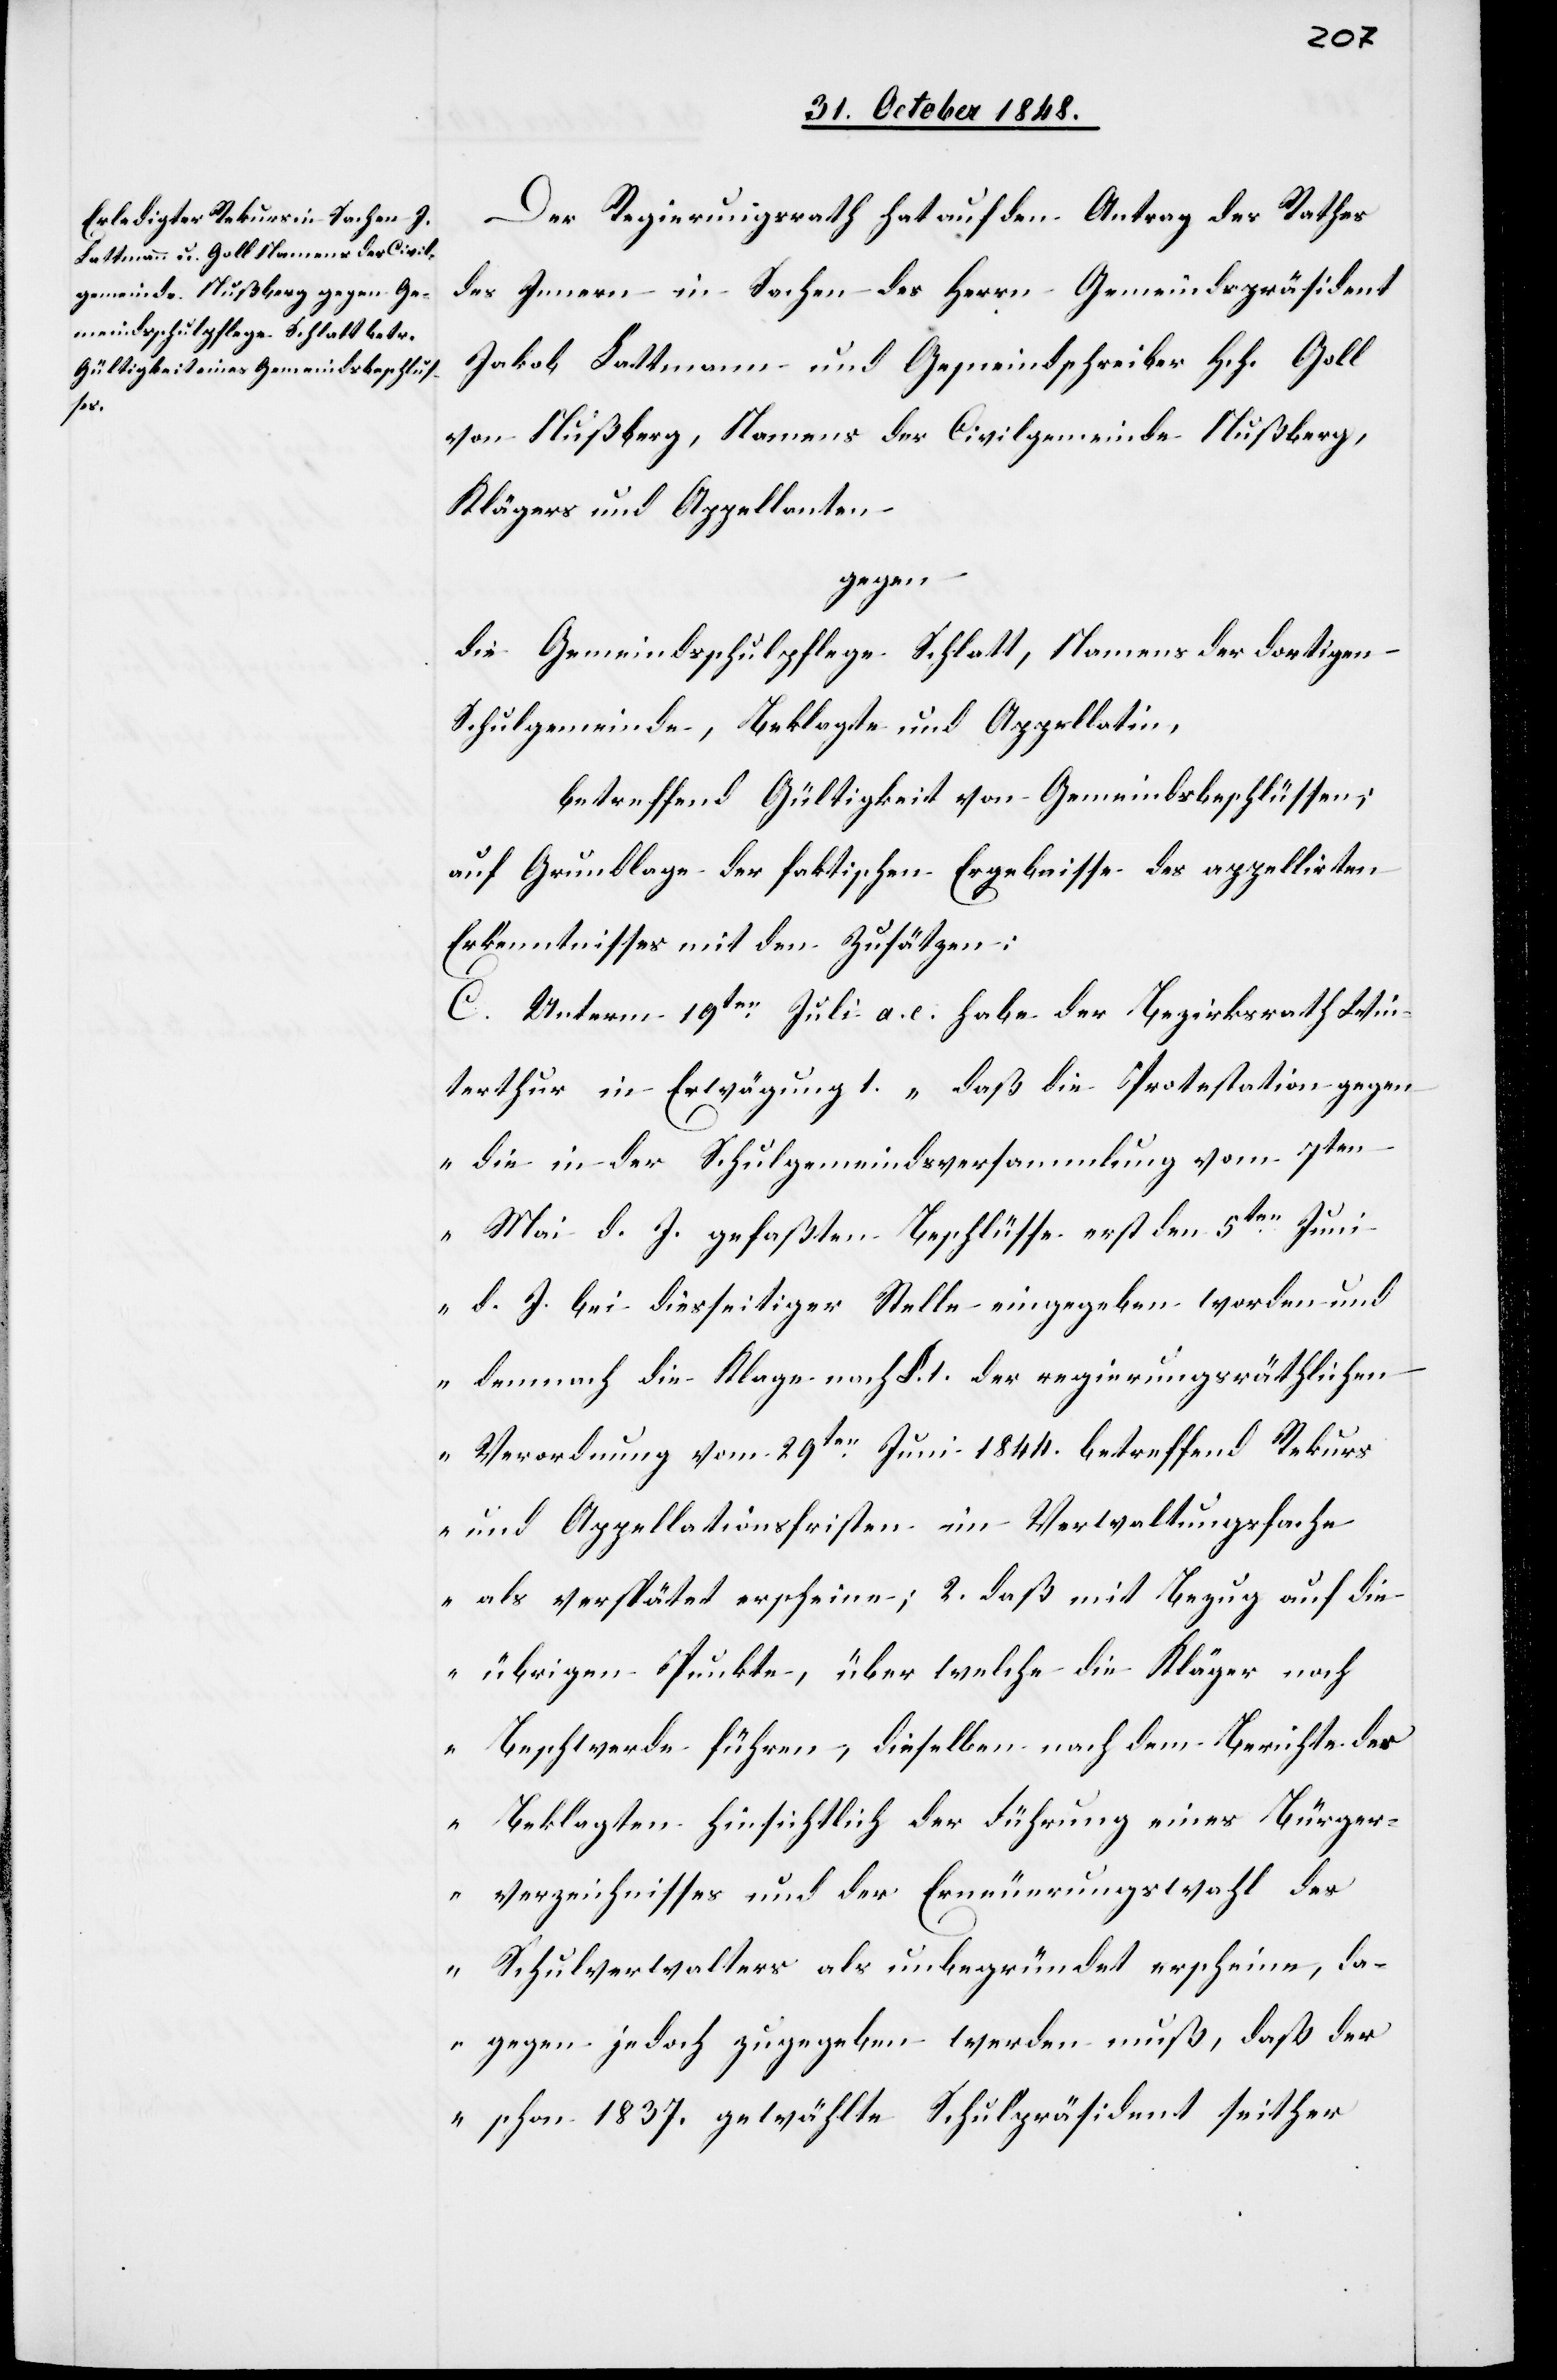
Der Regierungsrath hat auf den Antrag des Rathes
des Innern in Sachen des Herrn Gemeindspräsident
Jakob Lattmann und Gemeindschreiber Hch. Goll
von Nußberg, Namens der Civilgemeinde Nußberg,
Klägers und Appellanten
gegen
die Gemeindsschulpflege Schlatt, Namens der dortigen
Schulgemeinde, Beklagte und Appellatin,
betreffend Gültigkeit von Gemeindsbeschlüssen;
auf Grundlage der faktischen Ergebnisse des appellirten
Erkenntnisses mit den Zusätzen:
C. Unterm 19ten Juli a. c. habe der Bezirksrath Win¬
terthur in Erwägung 1. „daß die Protestation gegen
die in der Schulgemeindsversammlung vom 7ten
Mai d. J. gefaßten Beschlüsse erst den 5ten Juni
d. J. bei diesseitiger Stelle eingegeben worden und
demnach die Klage nach §. 1. der regierungsräthlichen
Verordnung vom 29ten Juni 1844. betreffend Rekurs
und Appellationsfristen im Verwaltungsfache
als verspätet erscheine; 2. daß mit Bezug auf die
übrigen Punkte, über welche die Kläger noch
Beschwerde führen, dieselben nach dem Berichte des
Beklagten hinsichtlich der Führung eines Bürger¬
verzeichnisses und der Erneuerungswahl des
Schulverwalters als unbegründet erscheine, da¬
gegen jedoch zugegeben werden muß, daß der
schon 1837. gewählte Schulpräsident seither